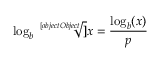
\log _ { b } { \sqrt [ [object Object] ] { x } } = { \frac { \log _ { b } ( x ) } { p } }